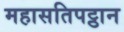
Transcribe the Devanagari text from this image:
महासतिपट्ठान